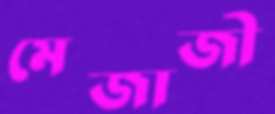
মেজাজী